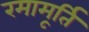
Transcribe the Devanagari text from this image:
रमामूर्ति